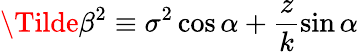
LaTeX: \Tilde{\beta}^{2}\equiv\sigma^{2}\cos{\alpha}+\frac{z}{k}\sin{\alpha}